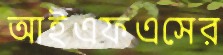
আইএফএসের